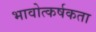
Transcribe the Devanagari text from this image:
भावोत्कर्षकता